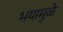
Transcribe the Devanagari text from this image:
भयामुळे